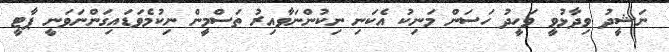
ނަޝީދު ވިދާޅުވީ ވަހީދު ހަސަން މަނިކު އެކަނި ނިކުންނަވާއިރު ތަސްމީން ނިކުމެވަޑައިގަންނަވަނީ ޕާޓީ